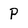
Character: P